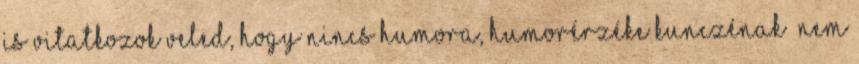
is vitatkozok veled, hogy nincs humora, humorérzéke Kunczénak” Nem